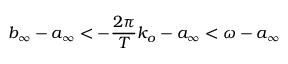
b _ { \infty } - a _ { \infty } < - \frac { 2 \pi } { T } k _ { o } - a _ { \infty } < \omega - a _ { \infty }